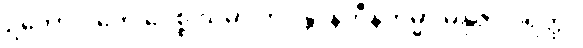
ဥဘောပိ တေ ပေစ္စ သမာ ဘဝန္တိ၊ နိဟီနကမ္မာ မနုဇာ ပရတ္ထ။